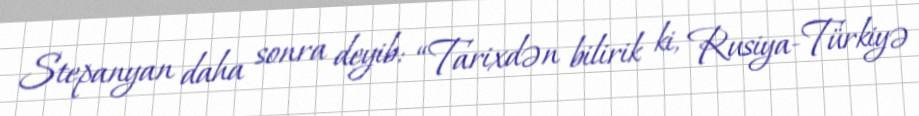
Stepanyan daha sonra deyib: “Tarixdən bilirik ki, Rusiya-Türkiyə